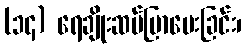
(၁၄) ရေချိုးဆပ်ပြာပေးခြင်း၊